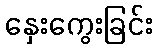
နှေးကွေးခြင်း